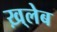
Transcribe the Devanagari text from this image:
ख़्लेब